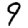
Digit: 9